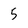
Character: 5